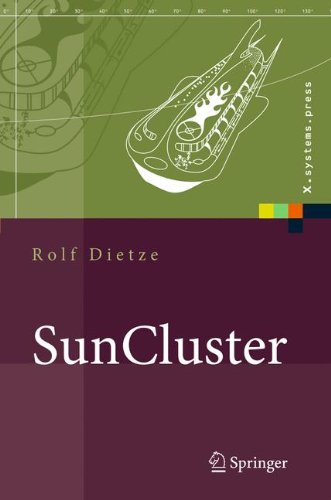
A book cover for SunCluster: SerververfÃ¼gbarkeit unter Solaris (X.systems.press) (German Edition); Rolf Dietze; Computers & Technology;